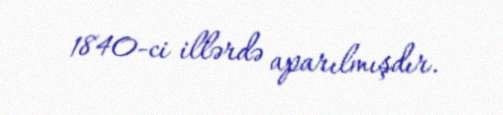
1840-ci illərdə aparılmışdır.